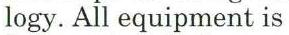
logy. All equipment is